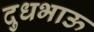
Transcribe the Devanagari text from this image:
दुधभाऊ